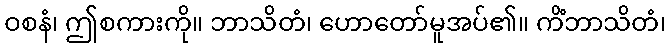
ဝစနံ၊ ဤစကားကို။ ဘာသိတံ၊ ဟောတော်မူအပ်၏။ ကိံဘာသိတံ၊